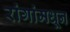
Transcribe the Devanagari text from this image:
रांगांमधून